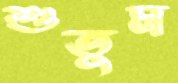
শুতুম